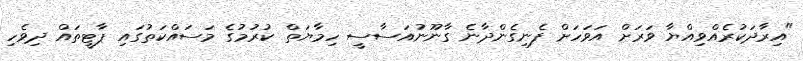
"އިރާދަކުރެއްވިއްޔާ ވަރަށް އަވަހަށް ފެނިގެންދާނެ ގާނޫނުއަސާސީ ހިމާޔަތް ކުރުމުގެ މަސައްކަތުގައި ޕާޓީތައް ދިވެހި